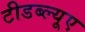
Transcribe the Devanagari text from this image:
टीडब्ल्‍यूए